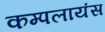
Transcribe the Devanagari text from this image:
कम्पलायंस